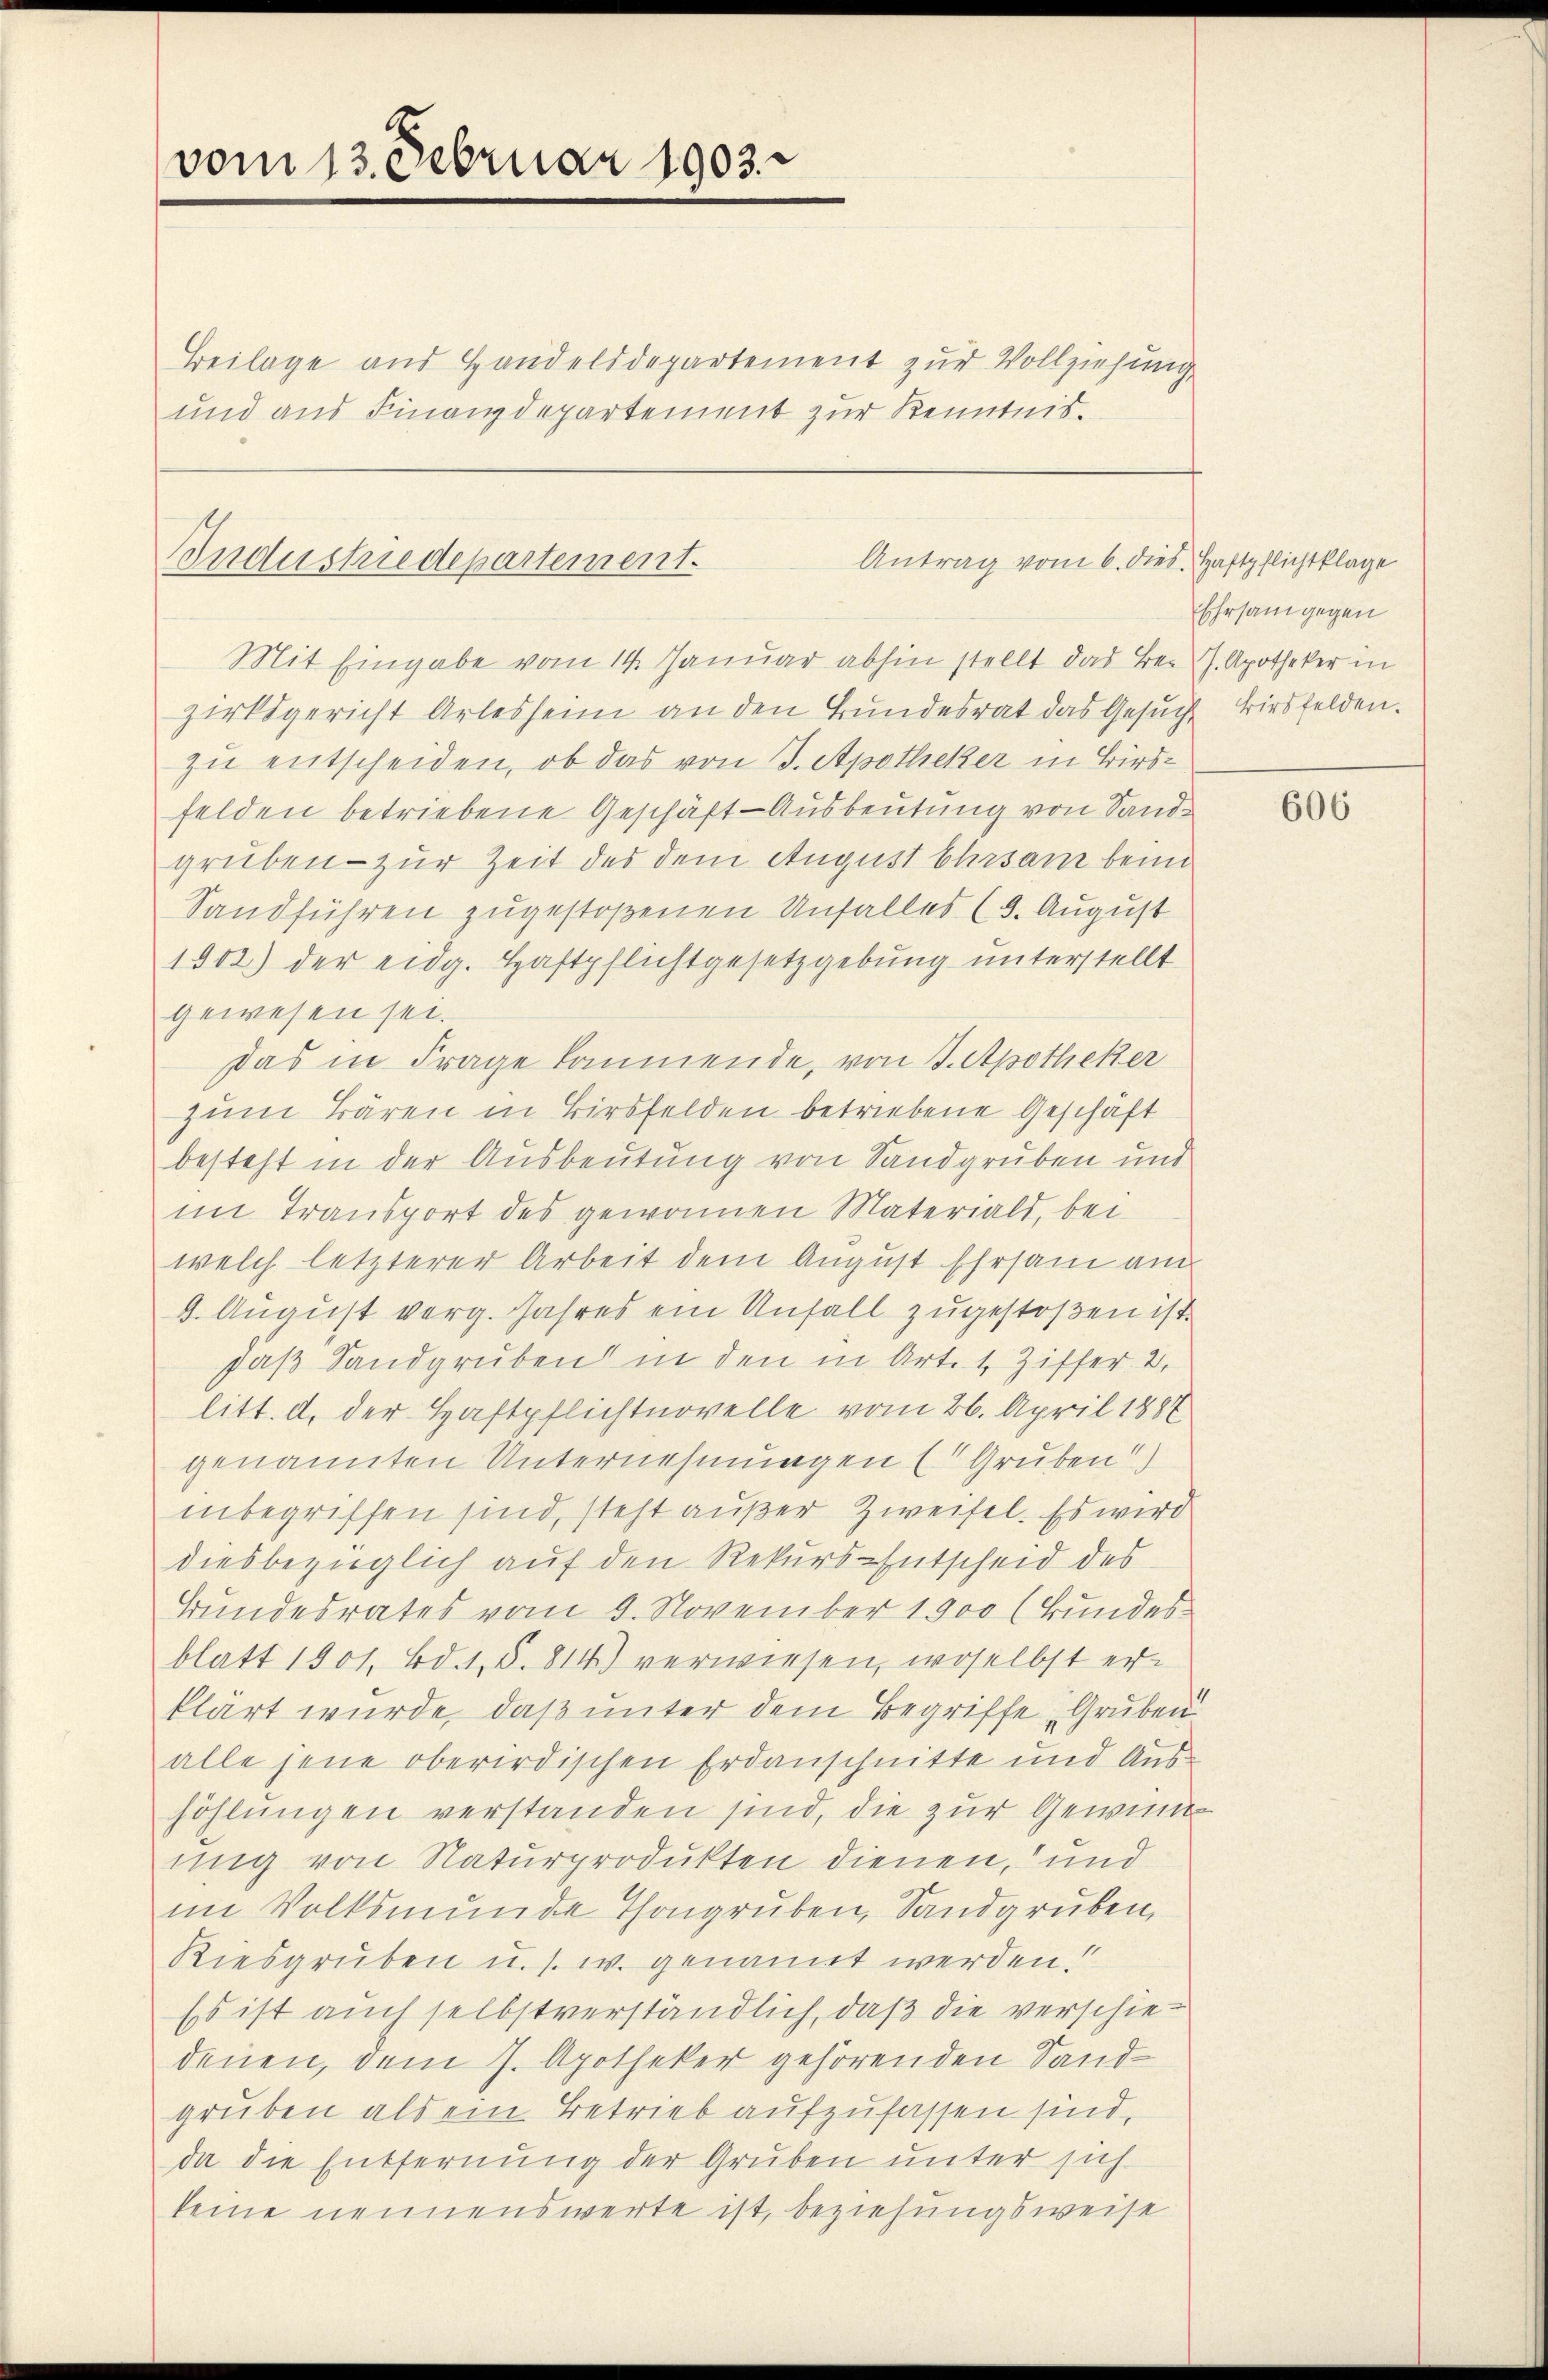
vom 13. Februar 1903

Beilage aus Handelsdepartement zur Vollziehung
und aus Finanzdepartement zur Kenntnis¬

Industriedepartement.
Antrag vom 6. dies. Haftpflichtklage

Mit Eingabe vom 14. Januar abhin stellt das Bei J. Apotheker in
zirksgericht Arlesheim an den Bundesrat das Gesuch Birsfelden.
zu entscheiden, ob das von 3. Apotheker in Birsfelden betriebene Geschäft-Ausbeutung von Sandgruben - zur Zeit des dem August Ehrsam beim
Sandführen zugestoßenen Unfalles (3. August
1302) der eidg. Haftpflichtgesetzgebung unterstellt
gewesen sei.
Das in Frage kommende, von 3. Apotheker
zum Bären in Birsfelden betriebene Geschäft
besteht in der Ausbeutung von Sandgruben und
im Transport des gewonnen Materials, bei
welch letzterer Arbeit dem August Ehrsam am
9. August verg. Jahres ein Unfall zugestoßen ist.
daß Sandgruben in den in Art. 1 Ziffer 2.
litt. d. der Haftpflichtnovelle vom 26. April 1887
genannten Unternehmungen (Gruben!)
inbegriffen sind, steht außer Zweifel. Es wird
diesbezüglich auf den Rekurs-Entscheid des
Bundesrates vom 9. November 1900 (Bundesblatt 1501, Bd. 1, S. 814) verwiesen, woselbst erklärt wurde, daß unter dem Begriffe Gruben
alle jene oberirdischen Erdanschnitte und Aushöhlungen verstanden sind, die zur Gewinnung von Naturprodukten dienen, und
im Volksmunde Thongruben, Sandgruben,
Kiesgruben u. s. w. genannt werden.
Es ist auch selbstverständlich, daß die verschiedenen, dem 7. Apotheker gehörenden Sandgruben als ein Betrieb aufzufassen sind,
da die Entfernung der Gruben unter sich
keine nennenswerte ist, beziehungsweise

Ehrsam gegen

606